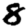
Digit: 8